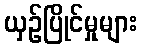
ယှဉ်ပြိုင်မှုများ